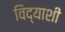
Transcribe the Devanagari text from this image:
विद्याशी